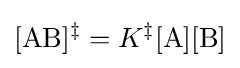
[{\mathrm {AB} }]^{\ddagger }=K^{\ddagger }[{\mathrm {A} }][{\mathrm {B} }]